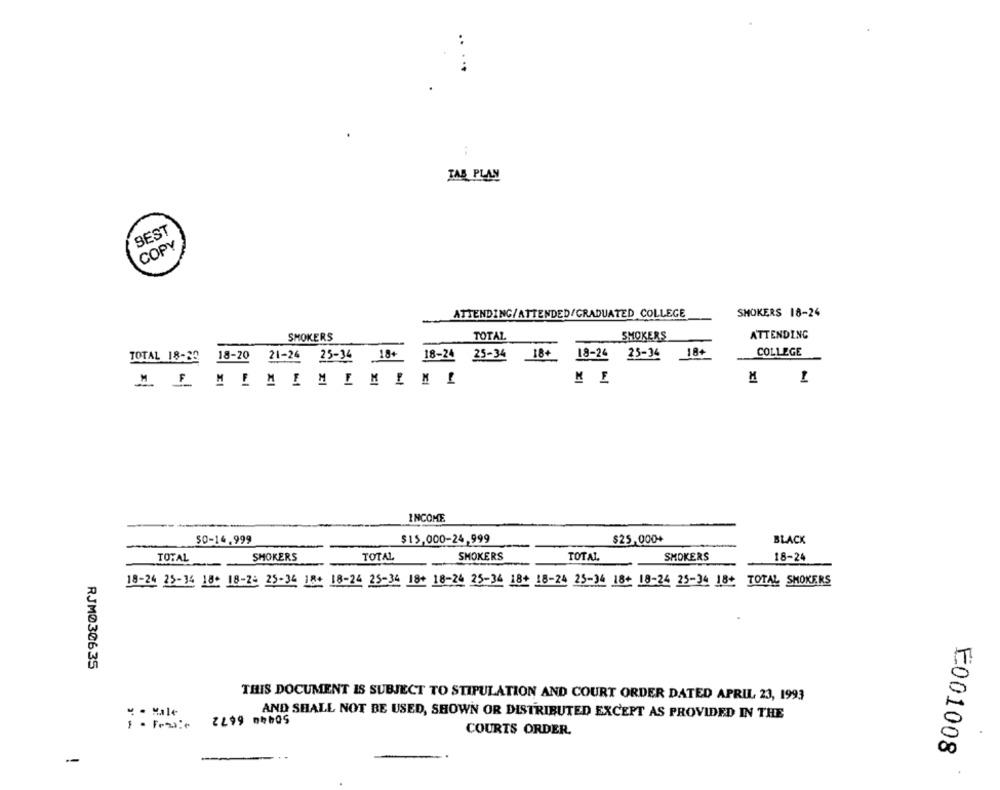
TAB PLAN
BEST
COPY
ATTENDING/ATTENDED/GRADUATED COLLEGE
SMOKERS 18-24
SMOKERS
TOTAL
SMOKERS
ATTENDING
COLLEGE
TOTAL 18:30 18-20 21-26 25-34 18+
18-24 25-34
18+
18-24 25-36
INCOME
$0-14.999
$15,000-24,999
$25,000+
BLACK
TOTAL
SHOKERS
TOTAL
SMOKERS
TOTAL
SMOKERS
18-24
18-24 25-34 18: 18-22 25-34 184 18-24 25-34 18+ 18-24 25-34 18+ 18-24 25-34 184 18-24 25-34 18+ TOTAL SMOKERS
RJM030635
THIS DOCUMENT IS SUBJECT TO STIPULATION AND COURT ORDER DATED APRIL 23, 1993
.· Male
AND SHALL NOT BE USED, SHOWN OR DISTRIBUTED EXCEPT AS PROVIDED IN THE
COURTS ORDER.
E001008
--